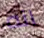
انه